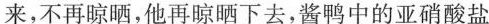
来，不再晾晒，他再晾晒下去，酱鸭中的亚硝酸盐